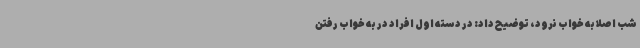
شب اصلا به‌ خواب نرود، توضیح داد: در دسته اول افراد در به خواب رفتن